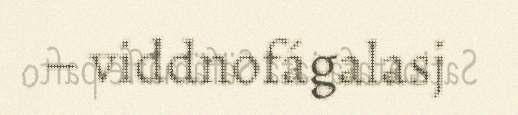
– viddnofágalasj